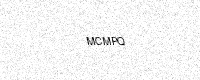
Text: MCMPQ